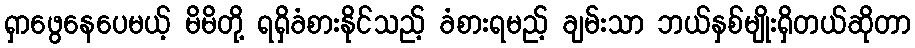
ရှာဖွေနေပေမယ့် မိမိတို့ ရရှိခံစားနိုင်သည့် ခံစားရမည့် ချမ်းသာ ဘယ်နှစ်မျိုးရှိတယ်ဆိုတာ